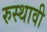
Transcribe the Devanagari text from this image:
रुस्थावी